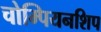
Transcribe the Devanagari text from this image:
चोम्पियनशिप